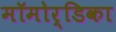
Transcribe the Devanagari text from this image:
मॉमोर्डिका